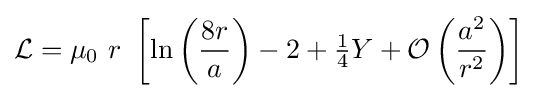
{\mathcal {L}}=\mu _{0}\ r\ \left[\ln \left({\frac {8r}{a}}\right)-2+{\tfrac {1}{4}}Y+{\mathcal {O}}\left({\frac {a^{2}}{r^{2}}}\right)\right]